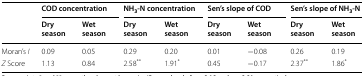
<table><thead><tr><td rowspan="2"></td><td colspan="2"><b>COD concentration</b></td><td colspan="2"><b>NH<sub>3</sub>-N concentration</b></td><td colspan="2"><b>Sen’s slope of COD</b></td><td colspan="2"><b>Sen’s slope of NH<sub>3</sub>-N</b></td></tr><tr><td><b>Dry season</b></td><td><b>Wet season</b></td><td><b>Dry season</b></td><td><b>Wet season</b></td><td><b>Dry season</b></td><td><b>Wet season</b></td><td><b>Dry season</b></td><td><b>Wet season</b></td></tr></thead><tbody><tr><td>Moran’s <i>I</i></td><td>0.09</td><td>0.05</td><td>0.29</td><td>0.20</td><td>0.01</td><td>−0.08</td><td>0.26</td><td>0.19</td></tr><tr><td><i>Z</i> Score</td><td>1.13</td><td>0.84</td><td>2.58<sup>**</sup></td><td>1.91<sup>*</sup></td><td>0.45</td><td>−0.17</td><td>2.37<sup>**</sup></td><td>1.86<sup>*</sup></td></tr></tbody></table>